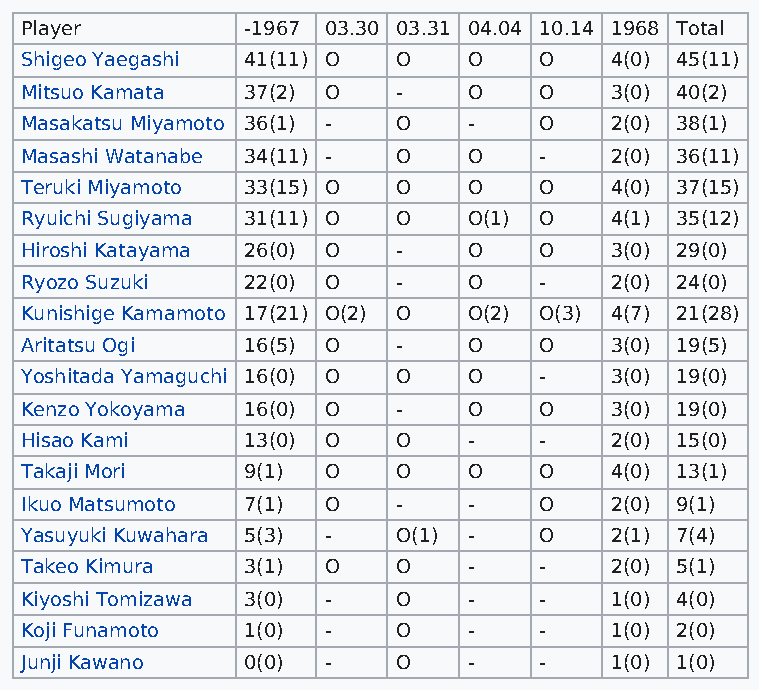
Player         -1967 03.30 03.31 04.04 10.14 1968 Total
 Shigeo Yaegashi 41(11) O O    O    O   4(0) 45(11)
 Mitsuo Kamata  37(2) O   -    O    O   3(0) 40(2)
 Masakatsu Miyamoto 36(1) - O  -    O   2(0) 38(1)
 Masashi Watanabe 34(11) - O   O    -   2(0) 36(11)
 Teruki Miyamoto 33(15) O O    O    O   4(0) 37(15)
 Ryuichi Sugiyama 31(11) O O   O(1) O   4(1) 35(12)
 Hiroshi Katayama 26(0) O -    O    O   3(0) 29(0)
 Ryozo Suzuki   22(0) O   -    O    -   2(0) 24(0)
 Kunishige Kamamoto 17(21) O(2) O O(2) O(3) 4(7) 21(28)
 Aritatsu Ogi   16(5) O   -    O    O   3(0) 19(5)
 Yoshitada Yamaguchi 16(0) O O O    -   3(0) 19(0)
 Kenzo Yokoyama 16(0) O   -    O    O   3(0) 19(0)
 Hisao Kami     13(0) O   O    -    -   2(0) 15(0)
 Takaji Mori    9(1) O    O    O    O   4(0) 13(1)
 Ikuo Matsumoto 7(1) O    -    -    O   2(0) 9(1)
 Yasuyuki Kuwahara 5(3) - O(1) -    O   2(1) 7(4)
 Takeo Kimura   3(1) O    O    -    -   2(0) 5(1)
 Kiyoshi Tomizawa 3(0) -  O    -    -   1(0) 4(0)
 Koji Funamoto  1(0) -    O    -    -   1(0) 2(0)
 Junji Kawano   0(0) -    O    -    -   1(0) 1(0)